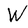
Character: W